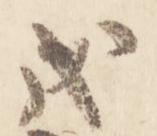
戊